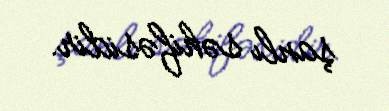
şanlı səhifəsidir.